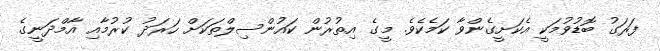
ފަރަގު ބޮޑުވުމަކީ އެކަށީގެންވާ ކަމެކެވެ. މީގެ އިތުރުން ކައުންސިލްތަކަށް ހަރަދު ކުރުމާއި އާމްދަނީގެ